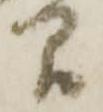
間